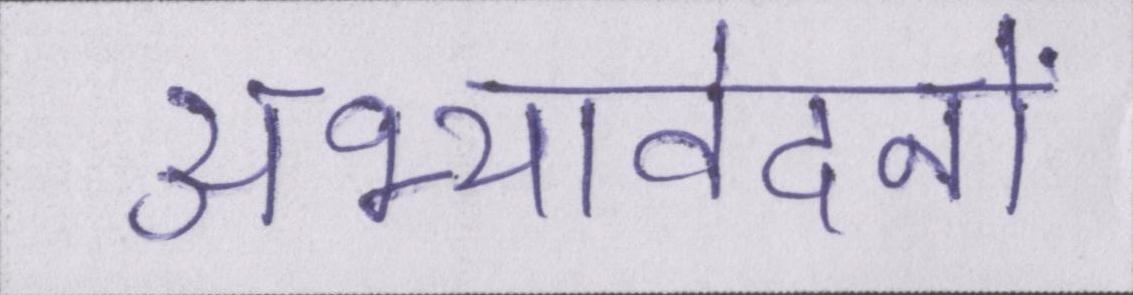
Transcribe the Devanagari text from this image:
अभ्यावेदनों